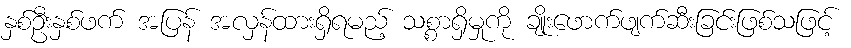
နှစ်ဦးနှစ်ဖက် အပြန် အလှန်ထားရှိရမည့် သစ္စာရှိမှုကို ချိုးဖောက်ဖျက်ဆီးခြင်းဖြစ်သဖြင့်